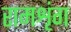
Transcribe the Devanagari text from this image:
रामशृंग